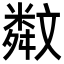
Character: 𣁣